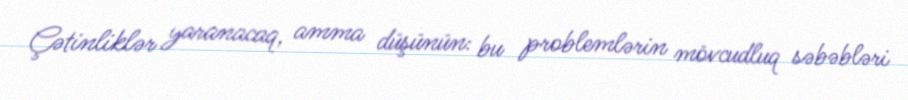
Çətinliklər yaranacaq, amma düşünün: bu problemlərin mövcudluq səbəbləri